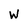
Character: W